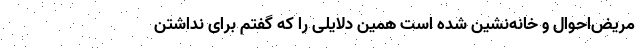
مریض‌احوال و خانه‌نشین شده است همین دلایلی را که گفتم برای نداشتن